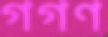
গগণ